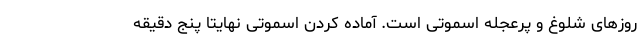
روزهای شلوغ و پرعجله اسموتی است. آماده کردن اسموتی نهایتا پنج دقیقه